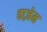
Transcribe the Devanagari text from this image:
वाज़ेम